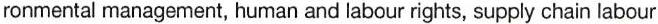
ronmental management, human and labour rights, supply chain labour